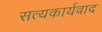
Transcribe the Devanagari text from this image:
सत्यकार्यवाद